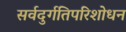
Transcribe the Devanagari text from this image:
सर्वदुर्गतिपरिशोधन